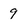
Character: 9